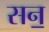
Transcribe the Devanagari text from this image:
सन॒